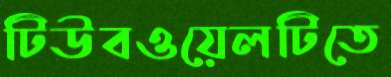
টিউবওয়েলটিতে